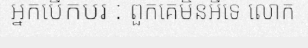
អ្នកបើកបរ : ពួកគេមិនអីទេ លោក